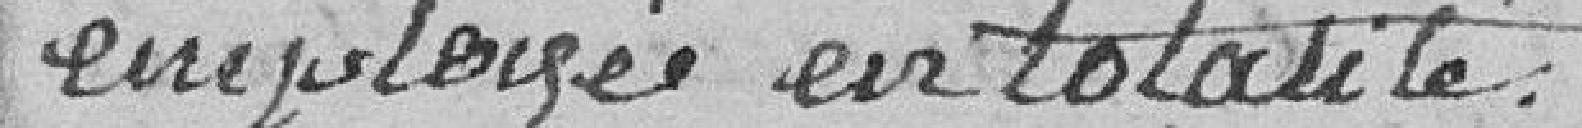
employée en totalité.